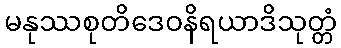
မနုဿစုတိဒေဝနိရယာဒိသုတ္တံ